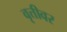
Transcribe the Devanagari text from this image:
वृत्तीवर